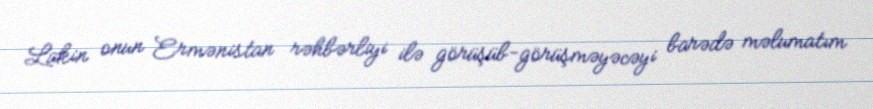
Lakin onun Ermənistan rəhbərliyi ilə görüşüb-görüşməyəcəyi barədə məlumatım